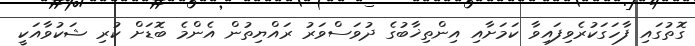
ގޮތުގައި ފާހަގަކުރެވިފައިވާ ކަމަށާއި އިންތިޚާބުގެ ދުވަސްވަރު ރައްޔިތުން އެންމެ ބޮޑަށް ކުރި ޝަކުވާއަކީ